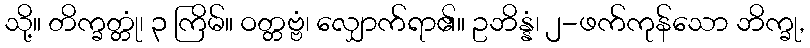
သို့။ တိက္ခတ္တုံ၊ ၃ ကြိမ်။ ဝတ္တဗ္ဗံ၊ လျှောက်ရာ၏။ ဥဘိန္နံ၊ ၂-ဖက်ကုန်သော ဘိက္ခု,